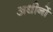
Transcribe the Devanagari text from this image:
अधीनों